Source: Handwritten
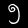
Digit: ၅ (5)